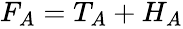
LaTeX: \begin{array}{r}{F_{A}=T_{A}+H_{A}}\end{array}